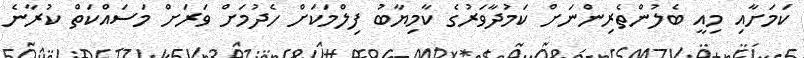
ކަމަށާއި މިއީ ބެލުންތެރިންނަށް ކަމުދާވަރުގެ ކާމިޔާބު ފިލްމަކަށް ހެދުމަށް ވަރަށް މަސައްކަތް ކުރާނެ